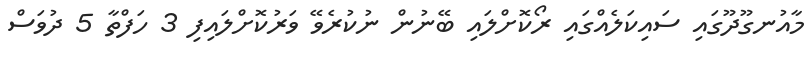
މާއުނގޫދޫގައި ސައިކަލެއްގައި ރޯކޮށްލައި ބޭނުން ނުކުރެވޭ ވަރުކޮށްލައިފި 3 ހަފްތާ 5 ދުވަސް